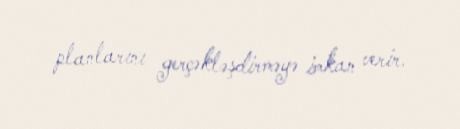
planlarını gerçəkləşdirməyə imkan verir.